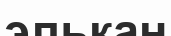
элькан